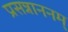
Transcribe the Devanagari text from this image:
प्रसन्नाननम्